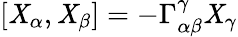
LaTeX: [\mathit{X}_{\alpha},\mathit{X}_{\beta}]=-\Gamma_{\alpha\beta}^{\gamma}\mathit{X}_{\gamma}